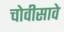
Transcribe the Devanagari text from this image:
चोवीसावे